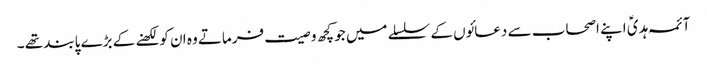
آئمہ ہدیؑ اپنے اصحاب سے دعائوں کے سلسلے میں جو کچھ و صیت فرماتے وہ ان کو لکھنے کے بڑے پابند تھے ۔